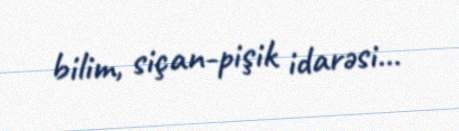
bilim, siçan-pişik idarəsi...